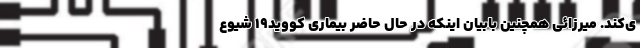
ی‌کند. میرزائی همچنین بابیان اینکه در حال حاضر بیماری کووید۱۹ شیوع